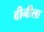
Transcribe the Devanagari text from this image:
वीनीला